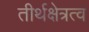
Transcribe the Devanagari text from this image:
तीर्थक्षेत्रत्व